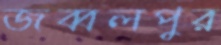
জব্বলপুর